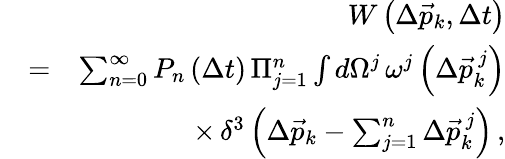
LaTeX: \begin{array}{rlr}&{}&{W\left(\Delta\vec{p}_{k},\Delta t\right)}\\ &{=}&{\sum_{n=0}^{\infty}P_{n}\left(\Delta t\right)\, \Pi_{j=1}^{n}\int d\Omega^{j}\, \omega^{j}\left(\Delta\vec{p}_{k}^{\, j}\right)}\\ &{}&{\times\, \delta^{3}\left(\Delta\vec{p}_{k}-\sum_{j=1}^{n}\Delta\vec{p}_{k}^{\, j}\right)\, ,}\end{array}